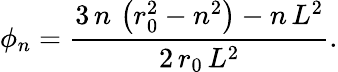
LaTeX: \phi_{n}=\frac{3\, n\, \left(r_{0}^{2}-n^{2}\right)-n\, L^{2}}{2\, r_{0}\, L^{2}}.